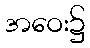
အဝေး၌